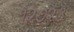
૧૨૭૨૩